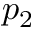
p _ { 2 }